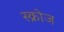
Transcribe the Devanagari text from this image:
स्क्रोज